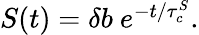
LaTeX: \begin{array}{r}{S(t)=\delta b\ e^{-t/\tau_{c}^{S}}.}\end{array}